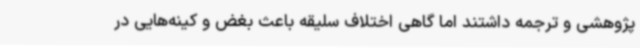
پژوهشی و ترجمه داشتند اما گاهی اختلاف سلیقه باعث بغض و کینه‌هایی در